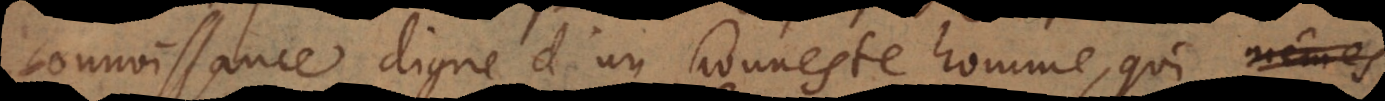
onnoissance digne d’un honneste homme, qui n’est